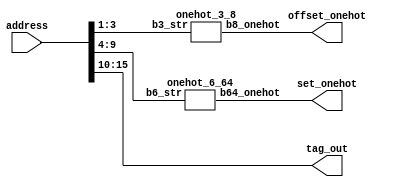
// DECODER AND ENCODER LOGIC

// decoder for tag and set bits
// an address comes in and is split into the tag and set bits
// offset: 4 offset bits (one unused)
// set: 64 sets = 2^6 sets, so 6 set bits
// tag: 16 - 6 - 3 = 6 tag bits
module addr_tag_decode(
	input [15:0] address,
  	output [5:0] tag_out,
	output [7:0] offset_onehot,
	output [63:0] set_onehot
);
  	assign tag_out = address[15:10];
  	wire [5:0] set_out = address[9:4];
  	wire [3:0] offset_out = address[3:0];
	onehot_3_8 encoder_offset(.b3_str(offset_out[3:1]), .b8_onehot(offset_onehot)); // we don't care about the last bit since we aren't addressing into the middle of words
	onehot_6_64 encoder_set(.b6_str(set_out), .b64_onehot(set_onehot));
endmodule

// for finding where in the dataarray we are
module onehot_6_64(
	input [5:0] b6_str,
	output [63:0] b64_onehot
);
  	wire b1;
	wire [32:0] b33;
	wire [48:0] b49;
	wire [56:0] b57;
	wire [60:0] b61;
	wire [62:0] b63;

  	assign b1 = 1'b1;
	assign b33 = b6_str[5] ? {b1, 32'b0} : {32'b0, b1};
	assign b49 = b6_str[4] ? {b33, 16'b0} : {16'b0, b33};
	assign b57 = b6_str[3] ? {b49, 8'b0} : {8'b0, b49};
	assign b61 = b6_str[2] ? {b57, 4'b0} : {4'b0, b57};
	assign b63 = b6_str[1] ? {b61, 2'b0} : {2'b0, b61};
	assign b64_onehot = b6_str[0] ? {b63, 1'b0} : {1'b0, b63};
endmodule

// general module for creating a onehot of a 3 bit string
module onehot_3_8(
	input [2:0] b3_str,
	output [7:0] b8_onehot
);
  	wire b1;
	wire [4:0] b5;
	wire [6:0] b7;

  	assign b1 = 1'b1;
	assign b5 = b3_str[2] ? {b1, 4'b0} : {4'b0, b1};
	assign b7 = b3_str[1] ? {b5, 2'b0} : {2'b0, b5};
	assign b8_onehot = b3_str[0] ? {b7, 1'b0} : {1'b0, b7};
endmodule